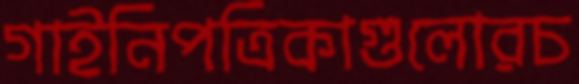
গাইনিপত্রিকাগুলোরচ